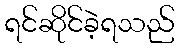
ရင်ဆိုင်ခဲ့ရသည်